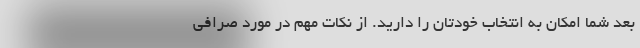
بعد شما امکان به انتخاب خودتان را دارید. از نکات مهم در مورد صرافی